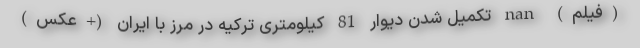
(فیلم) nan تکمیل شدن دیوار 81 کیلومتری ترکیه در مرز با ایران (+عکس)